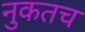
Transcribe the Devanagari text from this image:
नुकतच